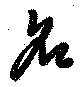
名